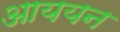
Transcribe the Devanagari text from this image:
आययन